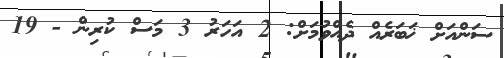
ސަންއަށް ޚަބަރެއް ދެއްވުމަށް: 2 އަހަރު 3 މަސް ކުރިން - 19